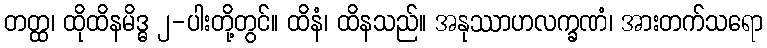
တတ္ထ၊ ထိုထိနမိဒ္ဓ ၂-ပါးတို့တွင်။ ထိနံ၊ ထိနသည်။ အနုဿာဟလက္ခဏံ၊ အားတက်သရော